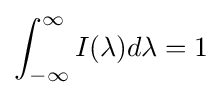
\int _{-\infty }^{\infty }I(\lambda )d\lambda =1